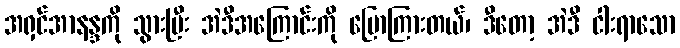
အရှင်အာနန္ဒကို သွားပြီး အဲဒီအကြောင်းကို ပြောကြားတယ်၊ ဒီတော့ အဲဒီ ငါးရာသော